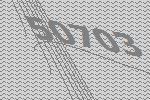
50703